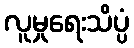
လူမှုရေးသိပ္ပံ